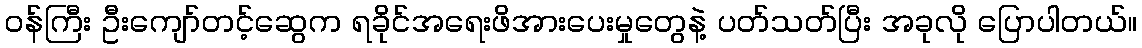
၀န်ကြီး ဦးကျော်တင့်ဆွေက ရခိုင်အရေးဖိအားပေးမှုတွေနဲ့ ပတ်သတ်ပြီး အခုလို ပြောပါတယ်။